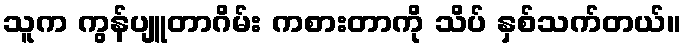
သူက ကွန်ပျူတာဂိမ်း ကစားတာကို သိပ် နှစ်သက်တယ်။